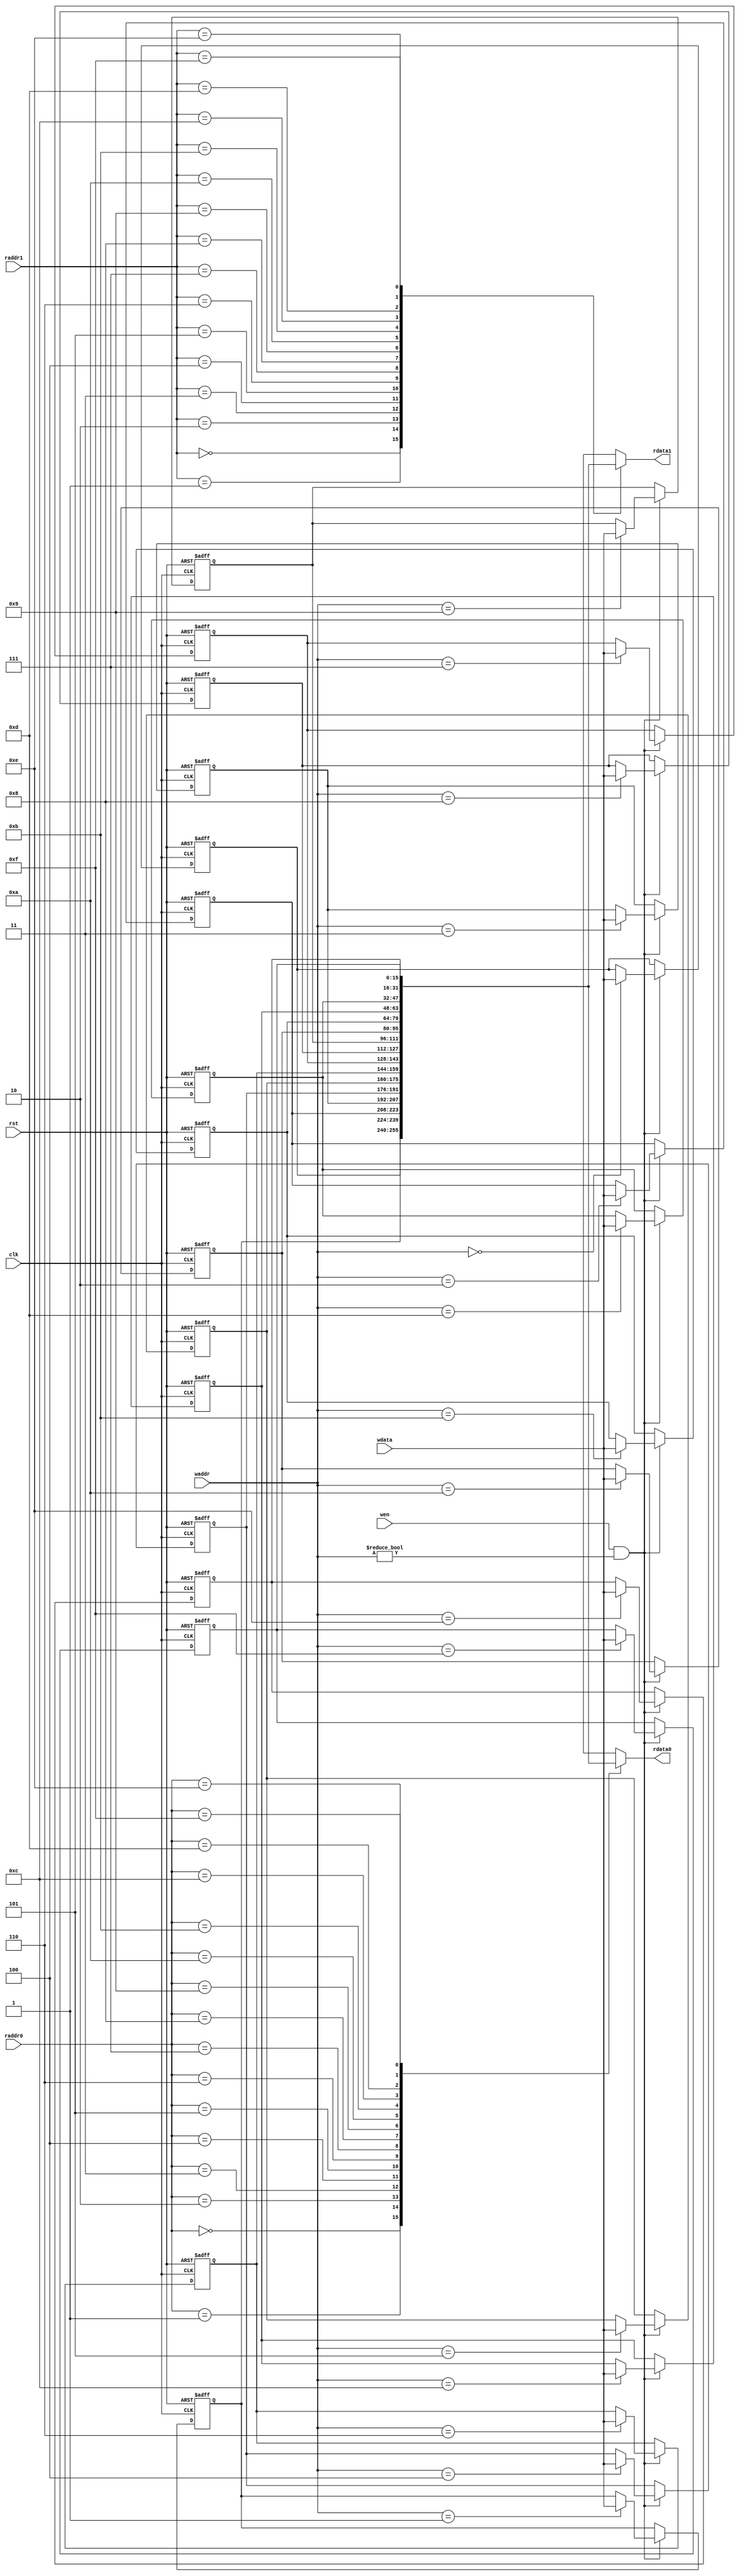
//RF Done

module RF(clk, rst, raddr0, raddr1, waddr, wen, wdata, rdata0, rdata1);
input clk, rst, wen;
input [3:0]raddr0, raddr1, waddr;
input [15:0] wdata;
output [15:0]rdata0, rdata1;

reg [15:0]reg_file[15:0];

always@(posedge clk or negedge rst)begin
	if (!rst)begin
		reg_file[4'd0] <= 16'd0;
		reg_file[4'd1] <= 16'd0;
		reg_file[4'd2] <= 16'd0;
		reg_file[4'd3] <= 16'd0;
		reg_file[4'd4] <= 16'd0;
		reg_file[4'd5] <= 16'd0;
		reg_file[4'd6] <= 16'd0;
		reg_file[4'd7] <= 16'd0;
		reg_file[4'd8] <= 16'd0;
		reg_file[4'd9] <= 16'd0;
		reg_file[4'd10] <= 16'd0;
		reg_file[4'd11] <= 16'd0;
		reg_file[4'd12] <= 16'd0;
		reg_file[4'd13] <= 16'd0;
		reg_file[4'd14] <= 16'd0;
		reg_file[4'd15] <= 16'd0;
	end
	else if (wen && waddr != 4'd0)begin
		reg_file[waddr] <= wdata;
	end
end

assign rdata0 = reg_file[raddr0];
assign rdata1 = reg_file[raddr1];


endmodule